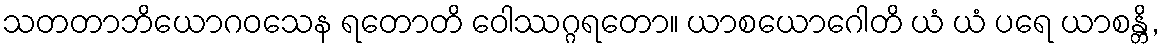
သတတာဘိယောဂဝသေန ရတောတိ ဝေါဿဂ္ဂရတော။ ယာစယောဂေါတိ ယံ ယံ ပရေ ယာစန္တိ,